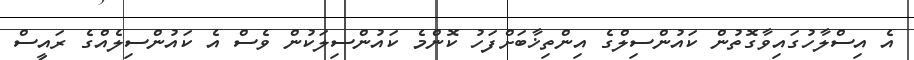
އެ އިސްލާހުގައިވާގޮތުން ކައުންސިލްގެ އިންތިޚާބަށްފަހު ކޮންމެ ކައުންސިލަކުން ވެސް އެ ކައުންސިލެއްގެ ރައީސް